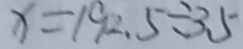
x = 1 9 2 . 5 \div 3 . 5